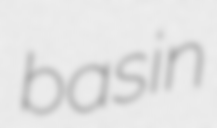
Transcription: basin